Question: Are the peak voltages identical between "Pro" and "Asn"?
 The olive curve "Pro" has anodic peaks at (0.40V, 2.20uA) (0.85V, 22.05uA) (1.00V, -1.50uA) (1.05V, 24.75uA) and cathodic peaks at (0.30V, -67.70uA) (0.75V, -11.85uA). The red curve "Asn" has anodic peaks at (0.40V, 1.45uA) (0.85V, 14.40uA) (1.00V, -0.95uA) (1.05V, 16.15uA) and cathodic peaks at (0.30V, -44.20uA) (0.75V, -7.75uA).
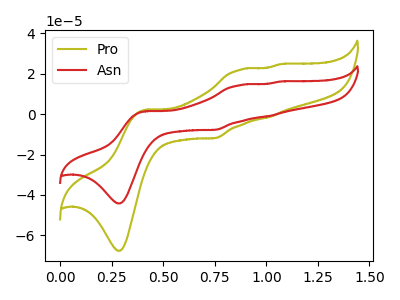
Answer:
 <answer>No, "Pro" and "Asn" have at least one peak that does not match.</answer>
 <eval>mismatch</eval>